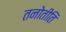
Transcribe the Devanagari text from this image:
तनोतीति